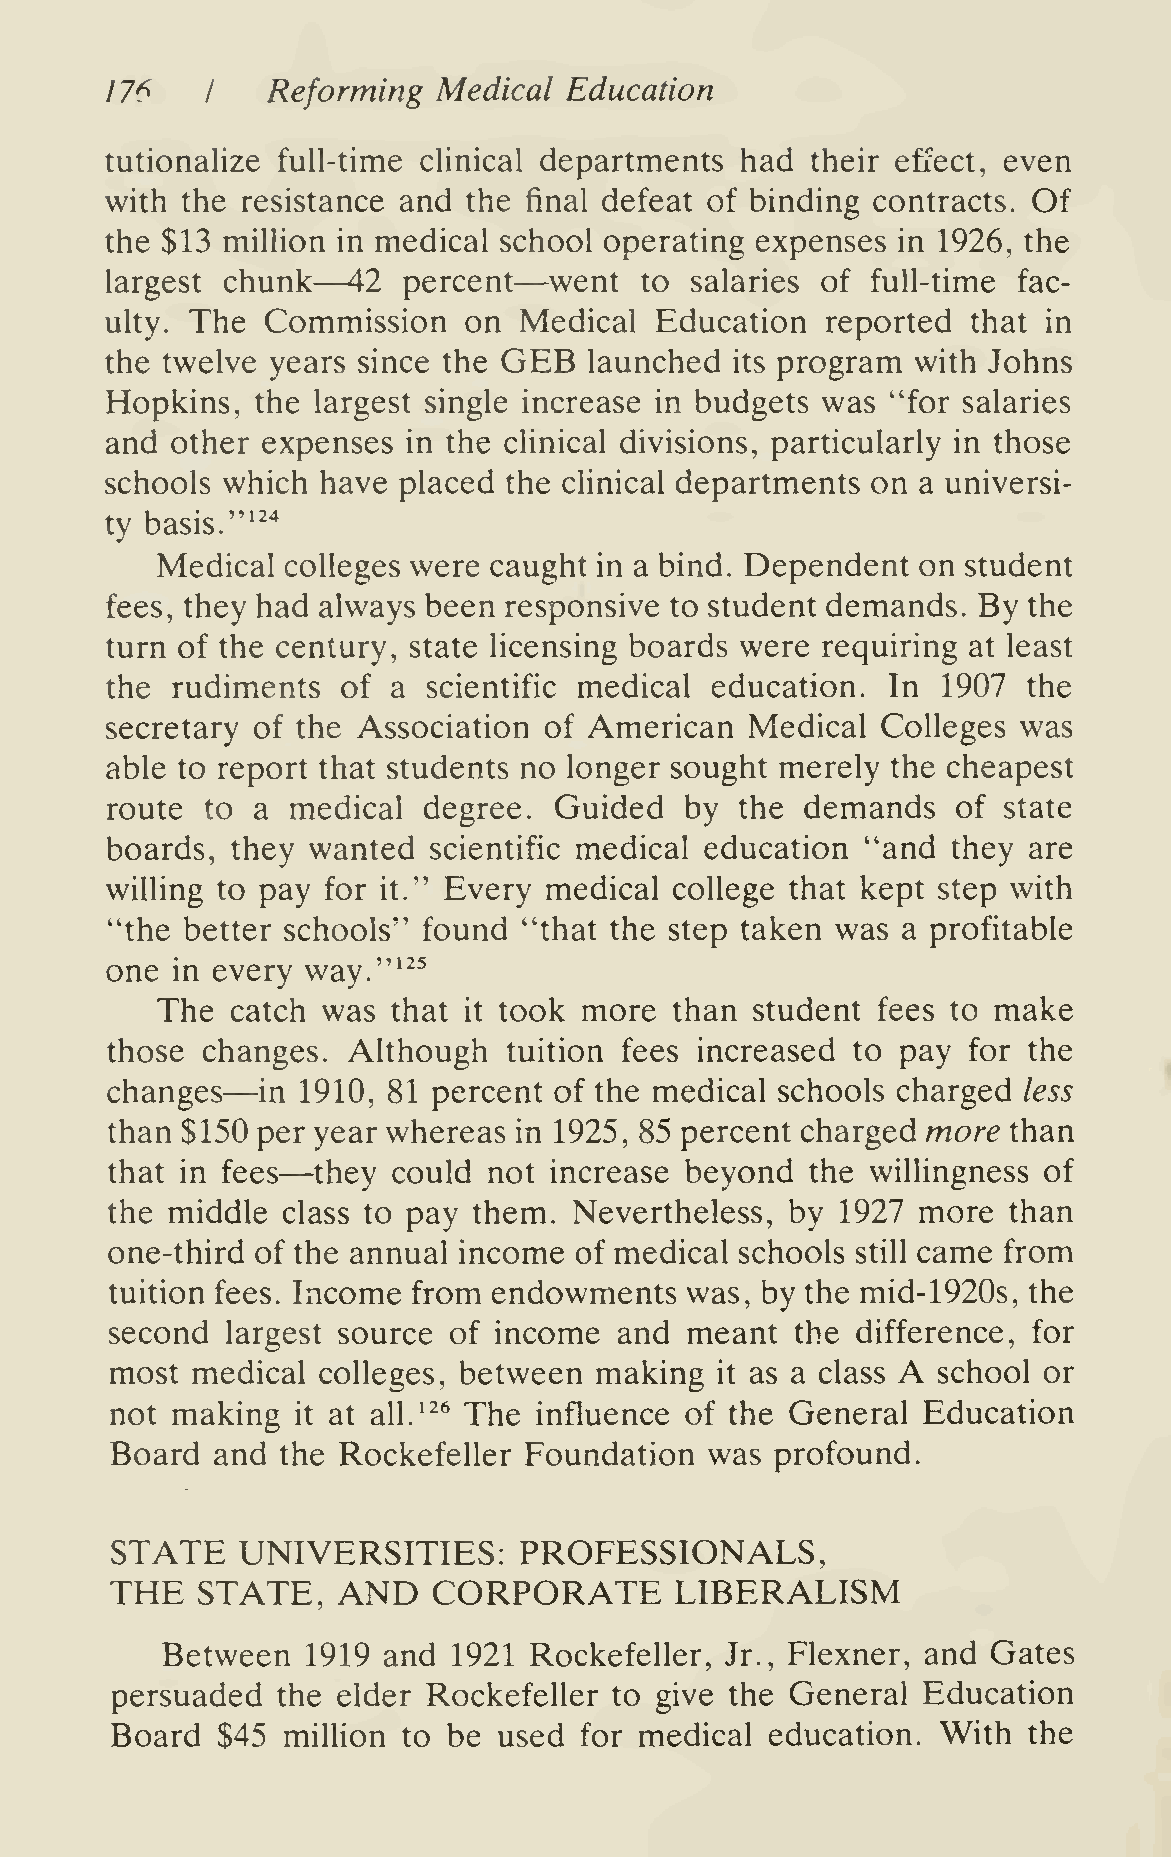
77^        Reforming  Medical Education
 /
 tutionalize full-time clinical departments had their efiect, even
 with the resistance and the final defeat of binding contracts. Of
 the $13 million in medical school operating expenses in 1926, the
 —            —
 largest chunk   42  percent  went  to  salaries of full-time fac-
 ulty. The  Commission   on Medical  Education   reported that in
 GEB
 the twelve years since the      launched  its program with Johns
 Hopkins,  the largest single increase in budgets was "for salaries
 and other expenses  in the clinical divisions, particularly in those
 schools which have placed  the clinical departments on a universi-
 "^'^
 ty basis.
 Medical  colleges were caught in a bind. Dependent on student
 fees, they had always been responsive to student demands. By the
 turn of the century, state licensing boards were requiring at least
 the rudiments   of a scientific medical education.  In 1907  the
 secretary of the Association of American   Medical Colleges  was
 able to report that students no longer sought merely the cheapest
 route  to a medical  degree.  Guided  by  the demands   of  state
 boards, they wanted  scientific medical education "and  they are
 willing to pay for it." Every medical college that kept step with
 "the better schools" found  "that the step taken was a profitable
 one in every way."'"
 The  catch was  that   took more   than student fees to make
 it
 those changes.  Although   tuition fees increased to pay for the
 —
 changes   in 1910, 81 percent of the medical schools charged less
 than $150 per year whereas in 1925, 85 percent charged more than
 —
 that in fees  they could not increase beyond   the willingness of
 the middle  class to pay them. Nevertheless, by  1927 more  than
 one-third of the annual income of medical schools still came from
 tuition fees. Income from endowments  was, by the mid-1920s, the
 second  largest source of income  and meant   the difference, for
 A
 most  medical colleges, between making  it as a class  school or
 not making   it at all.'^^ The influence of the General Education
 Board  and  the Rockefeller Foundation  was profound.
 STATE    UNIVERSITIES:     PROFESSIONALS,
 THE   STATE,   AND    CORPORATE       LIBERALISM
 Between  1919 and  1921 Rockefeller, Jr., Flexner, and Gates
 persuaded  the elder Rockefeller  to give the General Education
 Board  $45  million to be used for medical  education. With  the